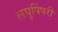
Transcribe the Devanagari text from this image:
लघुपिंपरी